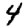
Digit: 4